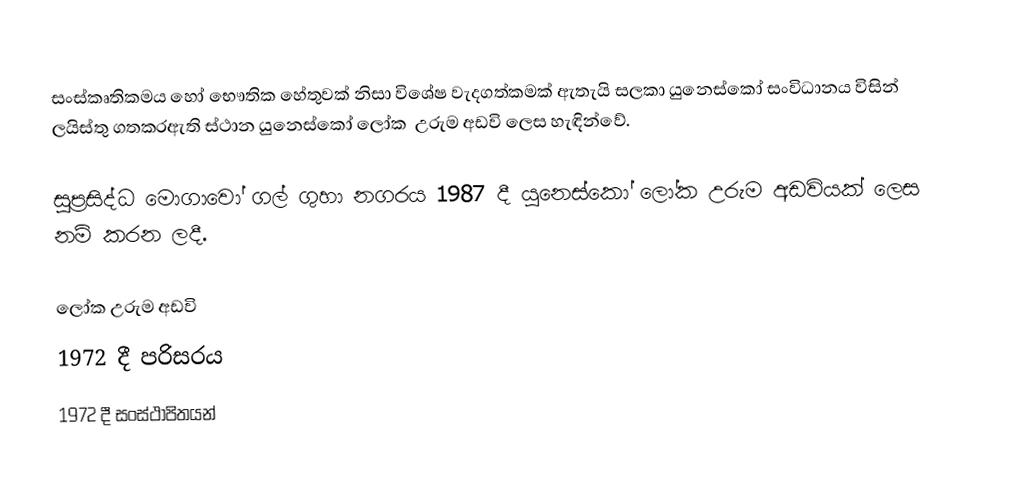
සංස්කෘතිකමය හෝ භෞතික හේතුවක් නිසා විශේෂ වැදගත්කමක් ඇතැයි සලකා යුනෙස්කෝ සංවිධානය විසින් ලයිස්තු ගතකරඇති ස්ථාන යුනෙස්කෝ ලෝක ‍ උරුම අඩවි ලෙස හැඳින්වේ.

සුප්‍රසිද්ධ මොගාවෝ ගල් ගුහා නගරය 1987 දී යුනෙස්කෝ ලෝක උරුම අඩවියක් ලෙස නම් කරන ලදී.

ලෝක උරුම අඩවි
1972 දී පරිසරය
1972 දී සංස්ථාපිතයන්